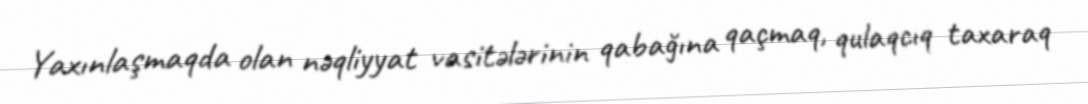
Yaxınlaşmaqda olan nəqliyyat vasitələrinin qabağına qaçmaq, qulaqcıq taxaraq